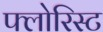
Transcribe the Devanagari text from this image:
फ्लोरिस्ट